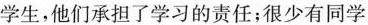
学生，他们承担了学习的责任；很少有同学